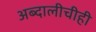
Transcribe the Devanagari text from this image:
अब्दालीचीही